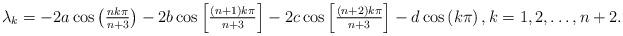
LaTeX: \begin{align*}\lambda_{k} = -2a \cos \left(\tfrac{n k \pi}{n+3} \right) - 2b \cos \left[\tfrac{(n + 1) k \pi}{n+3} \right] - 2c \cos \left[\tfrac{(n + 2) k \pi}{n+3} \right] - d \cos \left(k \pi \right), k = 1,2,\ldots,n+2.\end{align*}